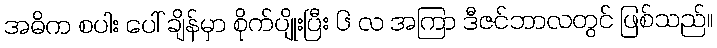
အဓိက စပါး ပေါ် ချိန်မှာ စိုက်ပျိုးပြီး ၆ လ အကြာ ဒီဇင်ဘာလတွင် ဖြစ်သည်။